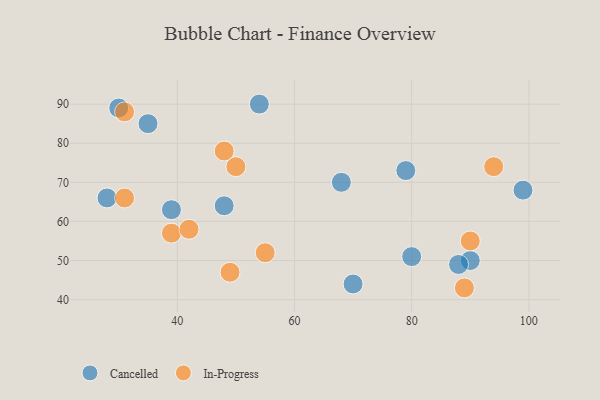
{"axis": {"x": "GDP", "y": "Life Expectancy"}, "legend": ["Cancelled", "In-Progress"], "data": [{"x": "70", "y": 44, "type": "Cancelled"}, {"x": "54", "y": 90, "type": "Cancelled"}, {"x": "80", "y": 51, "type": "Cancelled"}, {"x": "39", "y": 63, "type": "Cancelled"}, {"x": "30", "y": 89, "type": "Cancelled"}, {"x": "90", "y": 50, "type": "Cancelled"}, {"x": "68", "y": 70, "type": "Cancelled"}, {"x": "79", "y": 73, "type": "Cancelled"}, {"x": "99", "y": 68, "type": "Cancelled"}, {"x": "88", "y": 49, "type": "Cancelled"}, {"x": "48", "y": 64, "type": "Cancelled"}, {"x": "35", "y": 85, "type": "Cancelled"}, {"x": "28", "y": 66, "type": "Cancelled"}, {"x": "39", "y": 57, "type": "In-Progress"}, {"x": "50", "y": 74, "type": "In-Progress"}, {"x": "49", "y": 47, "type": "In-Progress"}, {"x": "89", "y": 43, "type": "In-Progress"}, {"x": "90", "y": 55, "type": "In-Progress"}, {"x": "42", "y": 58, "type": "In-Progress"}, {"x": "31", "y": 88, "type": "In-Progress"}, {"x": "94", "y": 74, "type": "In-Progress"}, {"x": "31", "y": 66, "type": "In-Progress"}, {"x": "48", "y": 78, "type": "In-Progress"}, {"x": "55", "y": 52, "type": "In-Progress"}]}